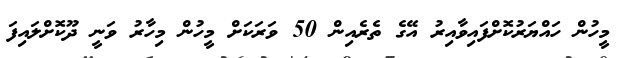
މީހުން ހައްޔަރުކޮށްފައިވާއިރު އޭގެ ތެރެއިން 50 ވަރަކަށް މީހުން މިހާރު ވަނީ ދޫކޮށްލައިފަ